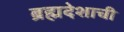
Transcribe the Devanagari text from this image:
ब्रह्मदेशाची